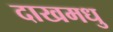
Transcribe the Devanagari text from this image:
दाखमधु